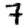
Digit: 7